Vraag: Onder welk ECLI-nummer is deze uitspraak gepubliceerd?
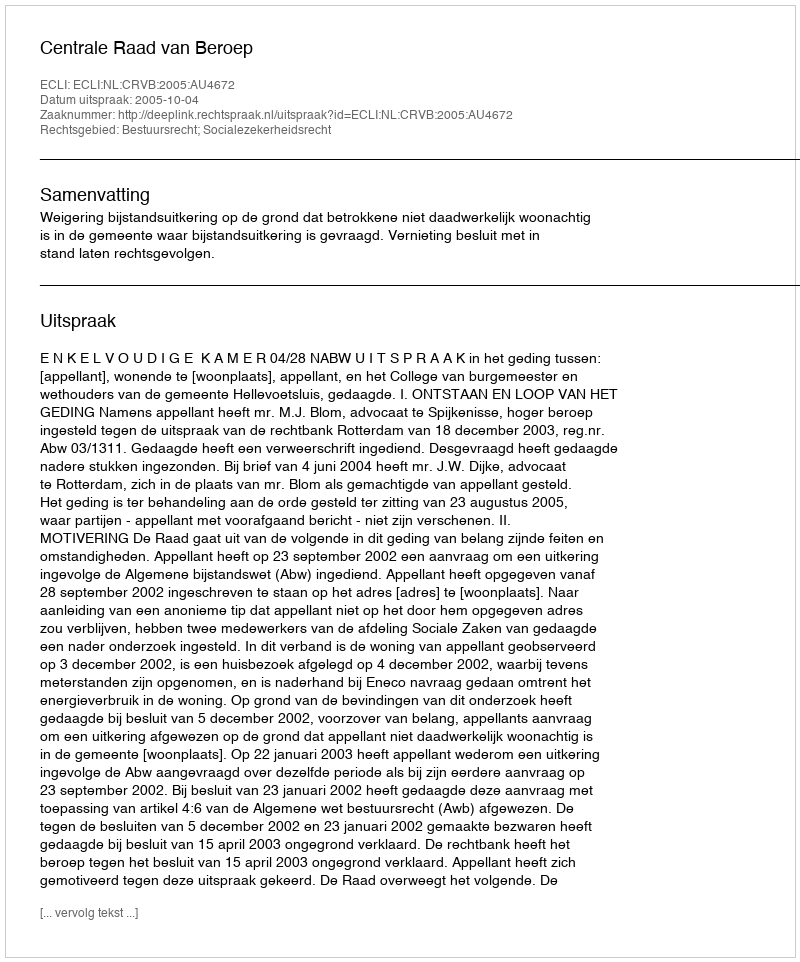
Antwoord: ECLI:NL:CRVB:2005:AU4672